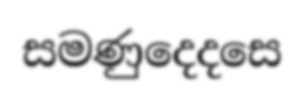
සමණුදෙදසෙ